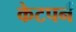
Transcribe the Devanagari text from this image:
केटपर्न